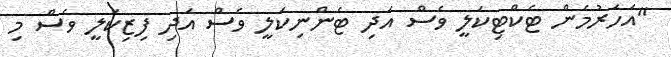
"އަހަރުމެން ޓެކްޓިކަލީ ވެސް އަދި ޓެންނިކަލީ ވެސް އަދި ފިޒިކަލީ ވެސް މި